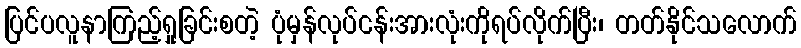
ပြင်ပလူနာကြည့်ရှုခြင်းစတဲ့ ပုံမှန်လုပ်ငန်းအားလုံးကိုရပ်လိုက်ပြီး၊ တတ်နိုင်သလောက်